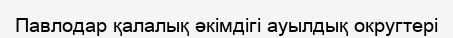
Павлодар қалалық әкімдігі ауылдық округтері